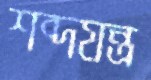
শব্দযন্ত্র